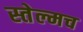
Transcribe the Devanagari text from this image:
स्तेल्मच